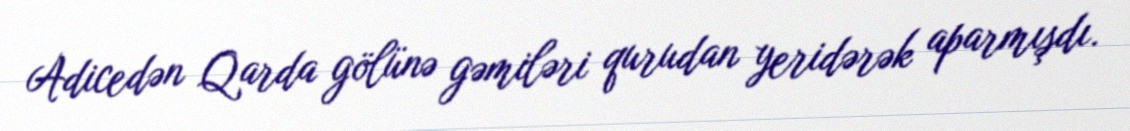
Adicedən Qarda gölünə gəmiləri qurudan yeridərək aparmışdı.